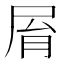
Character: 𡱑